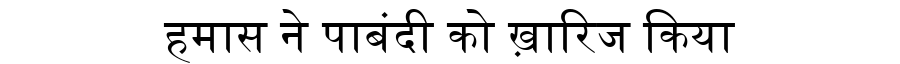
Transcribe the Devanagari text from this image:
हमास ने पाबंदी को ख़ारिज किया